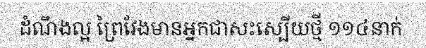
ដំណឹងល្អ ព្រៃវែងមានអ្នកជាសះស្បើយថ្មី ១១៤នាក់